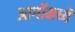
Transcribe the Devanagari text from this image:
आर्गोमध्ये